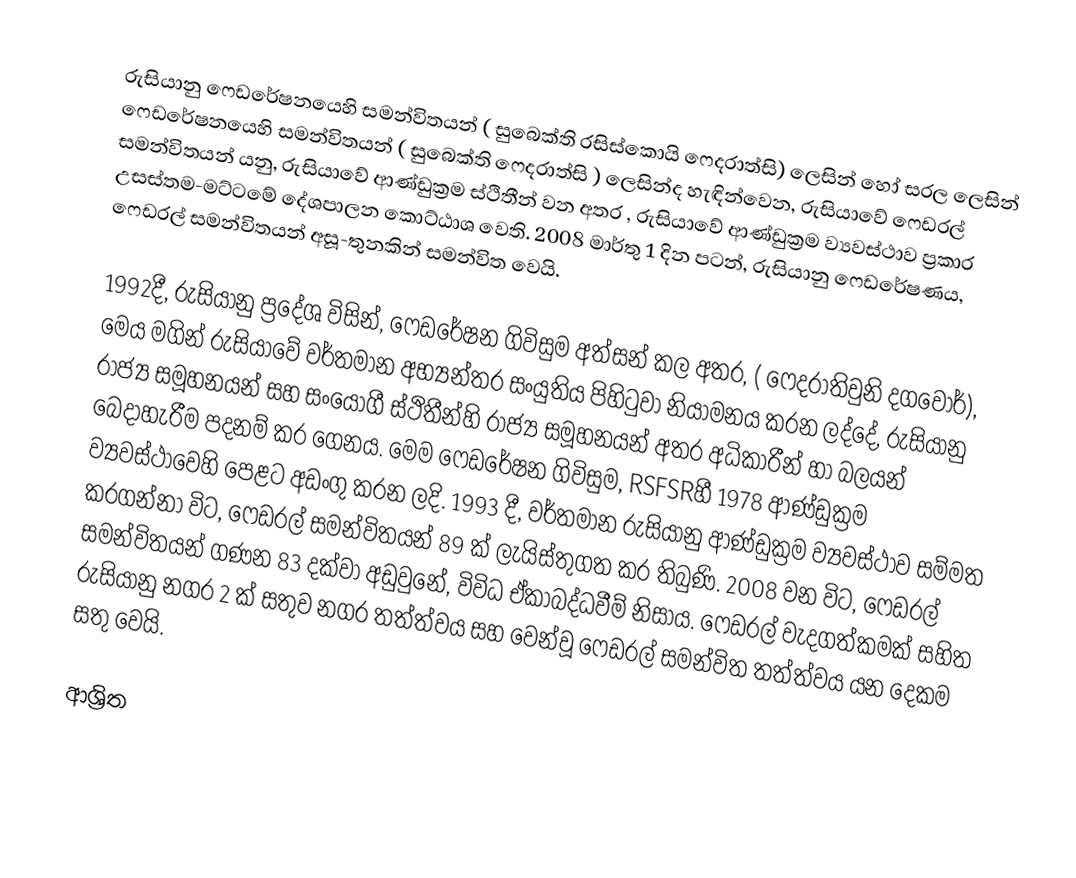
රුසියානු ෆෙඩරේෂනයෙහි සමන්විතයන්  ( සුබෙක්ති රසිස්කොයි ෆෙදරාත්සි) ලෙසින් හෝ සරල ලෙසින් ෆෙඩරේෂනයෙහි සමන්විතයන්  ( සුබෙක්ති ෆෙදරාත්සි ) ලෙසින්ද හැඳින්වෙන, රුසියාවේ ෆෙඩරල් සමන්විතයන් යනු, රුසියාවේ ආණ්ඩුක්‍රම  ස්ථිතීන් වන අතර , රුසියාවේ ආණ්ඩුක්‍රම ව්‍යවස්ථාව ප්‍රකාර උසස්තම-මට්ටමේ දේශපාලන කොට්ඨාශ වෙති.  2008 මාර්තු 1 දින පටන්, රුසියානු ෆෙඩරේෂණය, ෆෙඩරල් සමන්විතයන් අසූ-තුනකින් සමන්විත වෙයි.

1992දී, රුසියානු ප්‍රදේශ විසින්, ෆෙඩරේෂන ගිවිසුම අත්සන් කල අතර, ( ෆෙදරාතිවුනි දගවෝර්), මෙය මගින් රුසියාවේ වර්තමාන අභ්‍යන්තර සංයුතිය පිහිටුවා නියාමනය කරන ලද්දේ, රුසියානු රාජ්‍ය සමූහනයන් සහ සංයෝගී ස්ථිතීන්හි රාජ්‍ය සමූහනයන් අතර අධිකාරීන් හා බලයන් බෙදාහැරීම පදනම් කර ගෙනය. මෙම ෆෙඩරේෂන ගිවිසුම,   RSFSRහී 1978 ආණ්ඩුක්‍රම ව්‍යවස්ථාවෙහි  පෙළට අඩංගු කරන ලදි. 1993 දී, වර්තමාන රුසියානු ආණ්ඩුක්‍රම ව්‍යවස්ථාව සම්මත කරගන්නා විට, ෆෙඩරල් සමන්විතයන් 89 ක් ලැයිස්තුගත කර තිබුණි. 2008 වන විට, ෆෙඩරල් සමන්විතයන් ගණන 83 දක්වා අඩුවුනේ, විවිධ ඒකාබද්ධවීම් නිසාය. ෆෙඩරල් වැදගත්කමක් සහිත රුසියානු නගර 2 ක් සතුව නගර තත්ත්වය සහ වෙන්වූ ෆෙඩරල් සමන්විත තත්ත්වය යන දෙකම සතු වෙයි.

ආශ්‍රිත